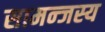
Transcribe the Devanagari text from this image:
सामन्‍जस्‍य